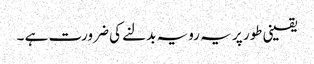
یقینی طور پر یہ رویہ بدلنے کی ضرورت ہے ۔